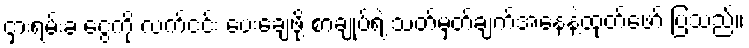
ငှားရမ်းခ ငွေကို လက်ငင်း ပေးချေဖို့ စာချုပ်ရဲ့ သတ်မှတ်ချက်အနေနဲ့ထုတ်ဖော် ပြသည်။